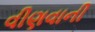
વીણવાની